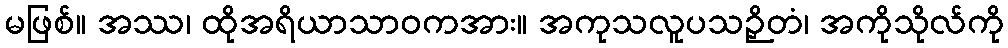
မဖြစ်။ အဿ၊ ထိုအရိယာသာဝကအား။ အကုသလူပသဉှိတံ၊ အကိုသိုလ်ကို